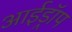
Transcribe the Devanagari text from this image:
आईड्रॉप